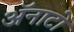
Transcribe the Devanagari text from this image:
ॲनाटो